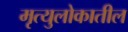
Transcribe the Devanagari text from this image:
मृत्युलोकातील